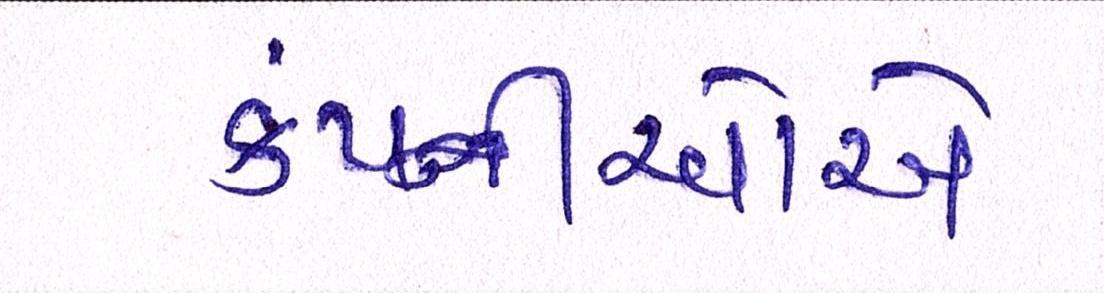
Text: કંપ્નીઓએ